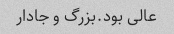
عالی بود.بزرگ و جادار